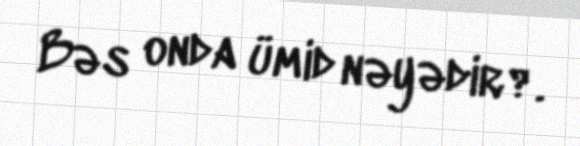
Bəs onda ümid nəyədir?.